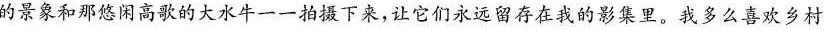
的景象和那悠闲高歌的大水牛一一拍摄下来，让它们永远留存在我的影集里。我多么喜欢乡村